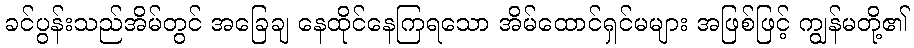
ခင်ပွန်းသည်အိမ်တွင် အခြေချ နေထိုင်နေကြရသော အိမ်ထောင်ရှင်မများ အဖြစ်ဖြင့် ကျွန်မတို့၏